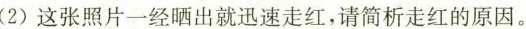
(2)这张照片一经晒出就迅速走红，请简析走红的原因。